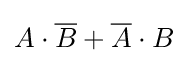
A\cdot {\overline {B}}+{\overline {A}}\cdot B